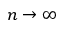
n \rightarrow \infty